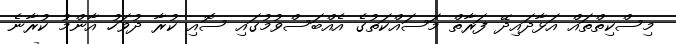
މިސްކިތްތައް އަޅާދައިދޭ ފަރާތް މަސައްކަތުގެ އެއްބަސްވުމުގައި ސޮއި ކުރާ ދުވަހު އާންމު ކުރާނެ